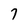
Character: 7